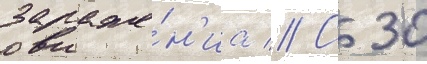
зараже́н'иа // С 30